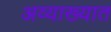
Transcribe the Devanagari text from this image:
अव्याख्यात